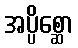
အပ္ပိစ္ဆော